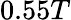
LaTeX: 0.55T